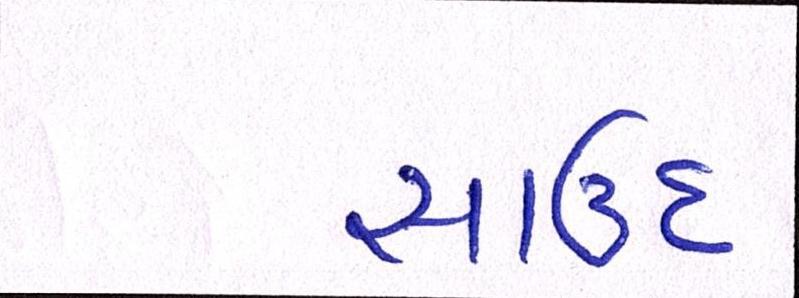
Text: સાઉદ